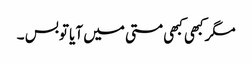
مگرکبھی کبھی مستی میں آیا توبس ۔